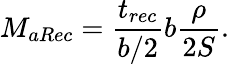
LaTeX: M_{aRec}=\frac{t_{rec}}{b/2}b\frac{\rho}{2S}.